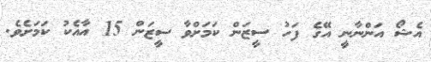
އެޝޯ އަންނާނީ އޭގެ ފަހު ސީޒަން ކަމަށްވާ ސީޒަން 15 އާއެކު ކަމަށެވެ.